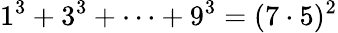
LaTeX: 1^{3}+3^{3}+\dots+9^{3}=(7\cdot 5)^{2}